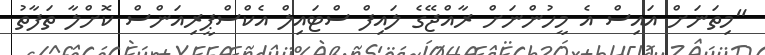
"މިތަނަށް އައިސް އެ މީހުންނަށް ރާއްޖޭގެ ލައިފް ސްޓައިލް އެކްސްޕީރިއަންސް ކޮށްލާ ތަފާތު